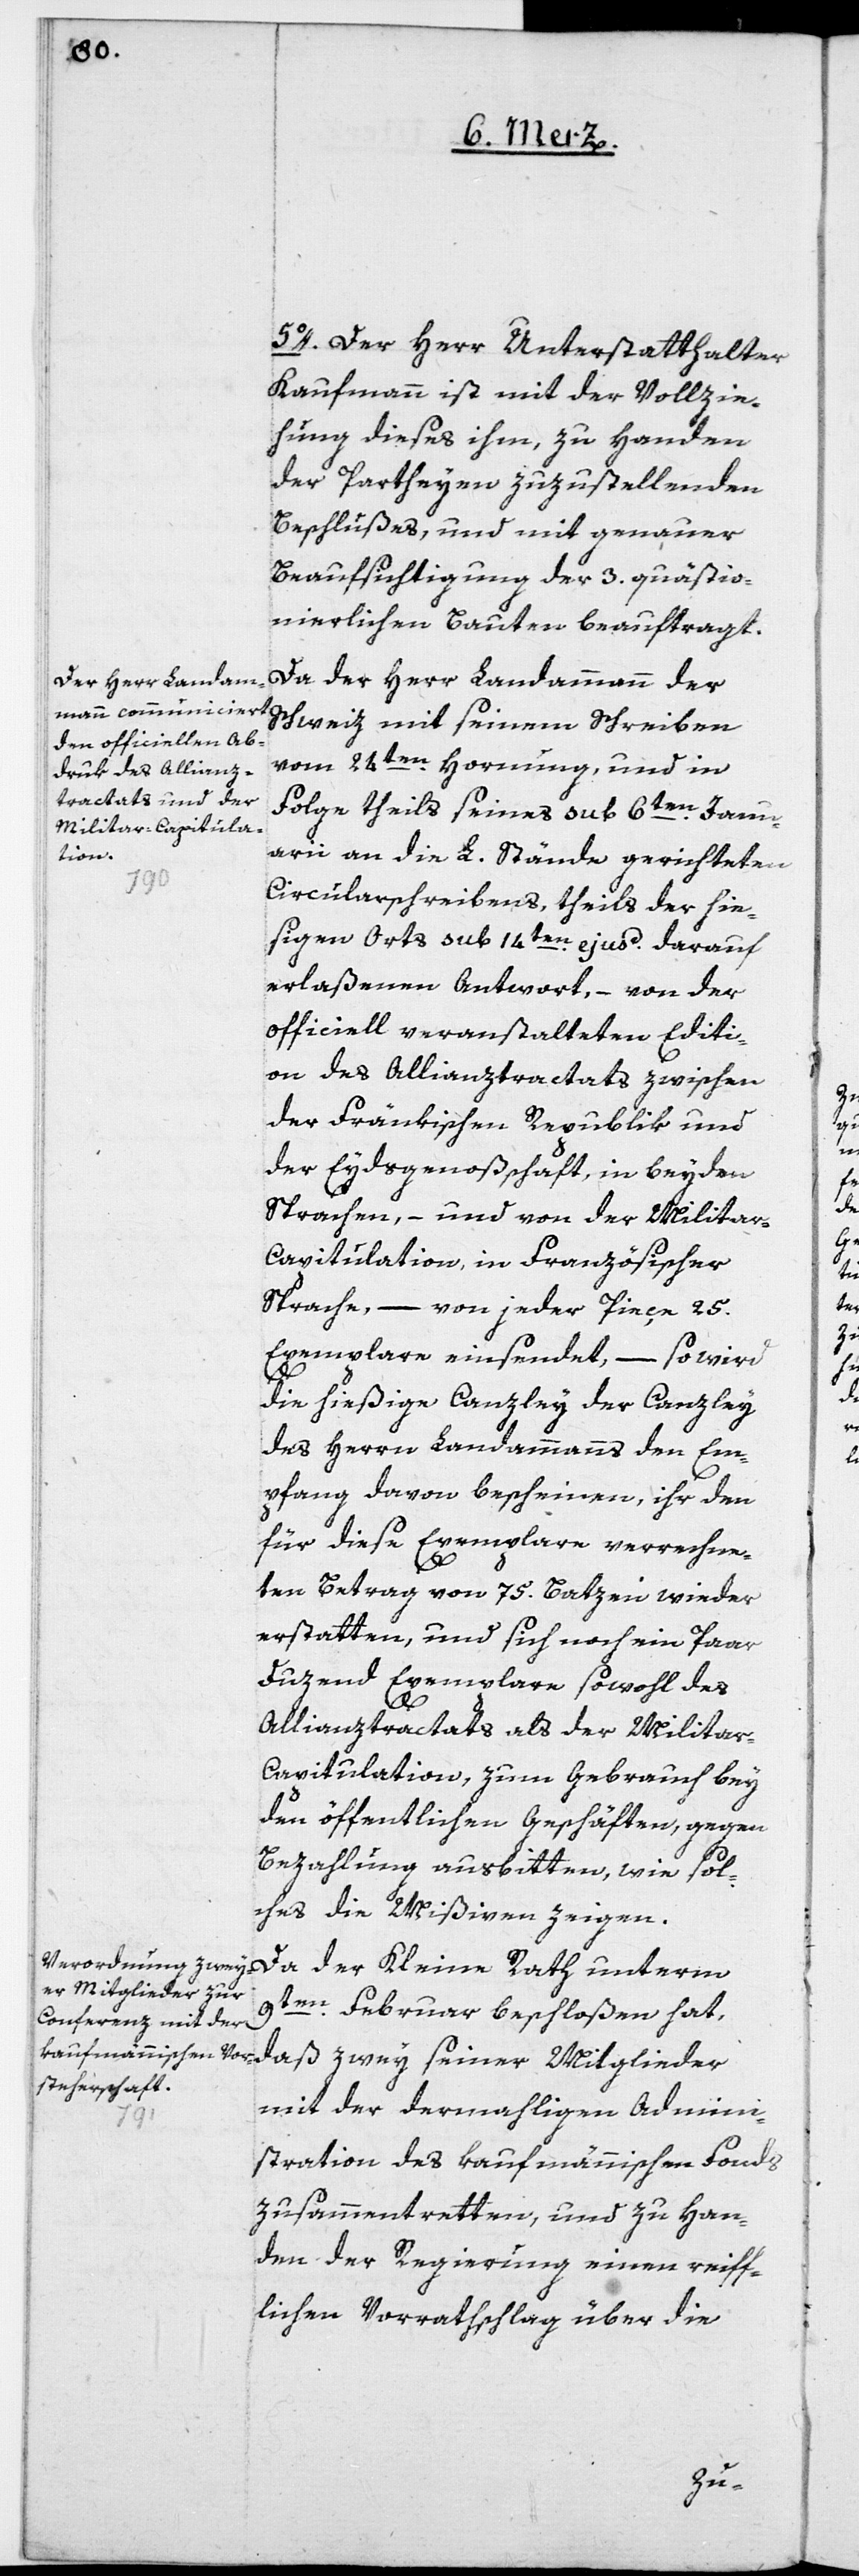
5o. Der Herr Unterstatthalter
Kaufmann ist mit der Vollzie¬
hung dieses ihm, zu Handen
der Partheyen zuzustellenden
Beschlußes, und mit genauer
Beaufsichtigung der 3. quästio¬
nierlichen Bauten beauftragt.
Da der Herr Landammann der
Schweiz mit seinem Schreiben
vom 24ten Hornung, und in
Folge theils seines sub 6ten Janu¬
arii an die L. Stände gerichteten
Circularschreibens, theils der hie¬
ßigen Orts sub 14ten ejusd. darauf
erlaßenen Antwort, – von der
officiell veranstalteten Editi¬
on des Allianztractats zwischen
der Fränkischen Republik und
der Eydsgenoßenschaft, in beyden
Sprachen, – und von der Milita¬
r-Capitulation, in Französischer
Sprache, – von jeder Pieçe 25.
Exemplare einsendet, – so wird
die hießige Canzley der Canzley
des Herrn Landammanns den Em¬
pfang davon bescheinen, ihr den
für diese Exemplare verrechne¬
ten Betrag von 75. Batzen wieder
erstatten, und sich noch ein Paar
Duzend Exemplare sowohl des
Allianztractats als der Milita¬
r-Capitulation, zum Gebrauch bey
den öffentlichen Geschäften, gegen
Bezahlung ausbitten, wie sol¬
ches die Mißiven zeigen.
Da der Kleine Rath unterm
9ten Februar beschloßen hat,
daß zwey seiner Mitglieder
mit der dermahligen Admini¬
stration des kaufmännischen Fonds
zusammentretten, und zu Han¬
den der Regierung einen reiff¬
lichen Vorrathschlag über die